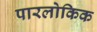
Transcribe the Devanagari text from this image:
पारलोकिक